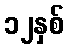
၁၂နှစ်